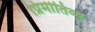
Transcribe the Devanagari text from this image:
प्रिमीतिव्स